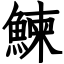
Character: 鰊